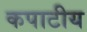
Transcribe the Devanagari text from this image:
कपाटीय